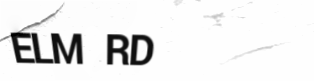
ELM RD